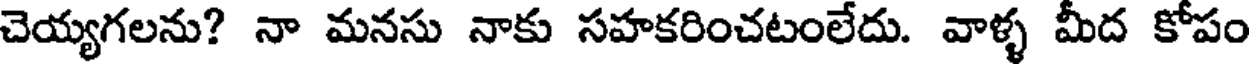
చెయ్యగలను? నా మనసు నాకు సహకరించటంలేదు. వాళ్ళ మీద కోపం